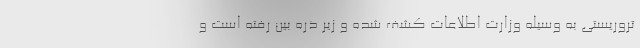
تروریستی به وسیله وزارت اطلاعات کشف شده و زیر ذره بین رفته است و